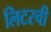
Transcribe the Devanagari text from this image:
लिटरची